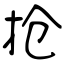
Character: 抢